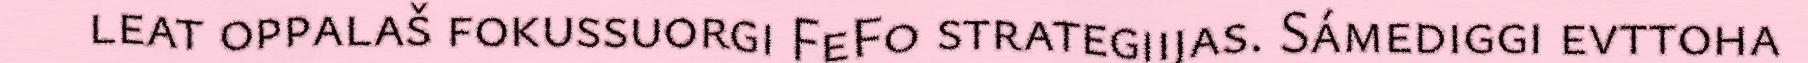
leat oppalaš fokussuorgi FeFo strategiijas. Sámediggi evttoha